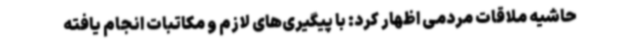
حاشیه ملاقات مردمی اظهار کرد: با پیگیری‌های لازم و مکاتبات انجام یافته